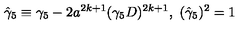
\hat { \gamma } _ { 5 } \equiv \gamma _ { 5 } - 2 a ^ { 2 k + 1 } ( \gamma _ { 5 } D ) ^ { 2 k + 1 } , \ ( \hat { \gamma } _ { 5 } ) ^ { 2 } = 1